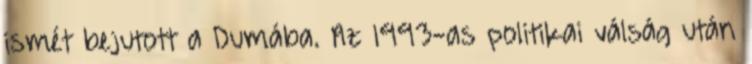
ismét bejutott a Dumába. Az 1993-as politikai válság után